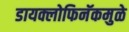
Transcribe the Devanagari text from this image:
डायक्लोफिनॅकमुळे